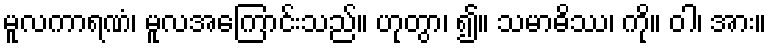
မူလကာရဏံ၊ မူလအကြောင်းသည်။ ဟုတွာ၊ ၍။ သမာဓိဿ၊ ကို။ ဝါ၊ အား။